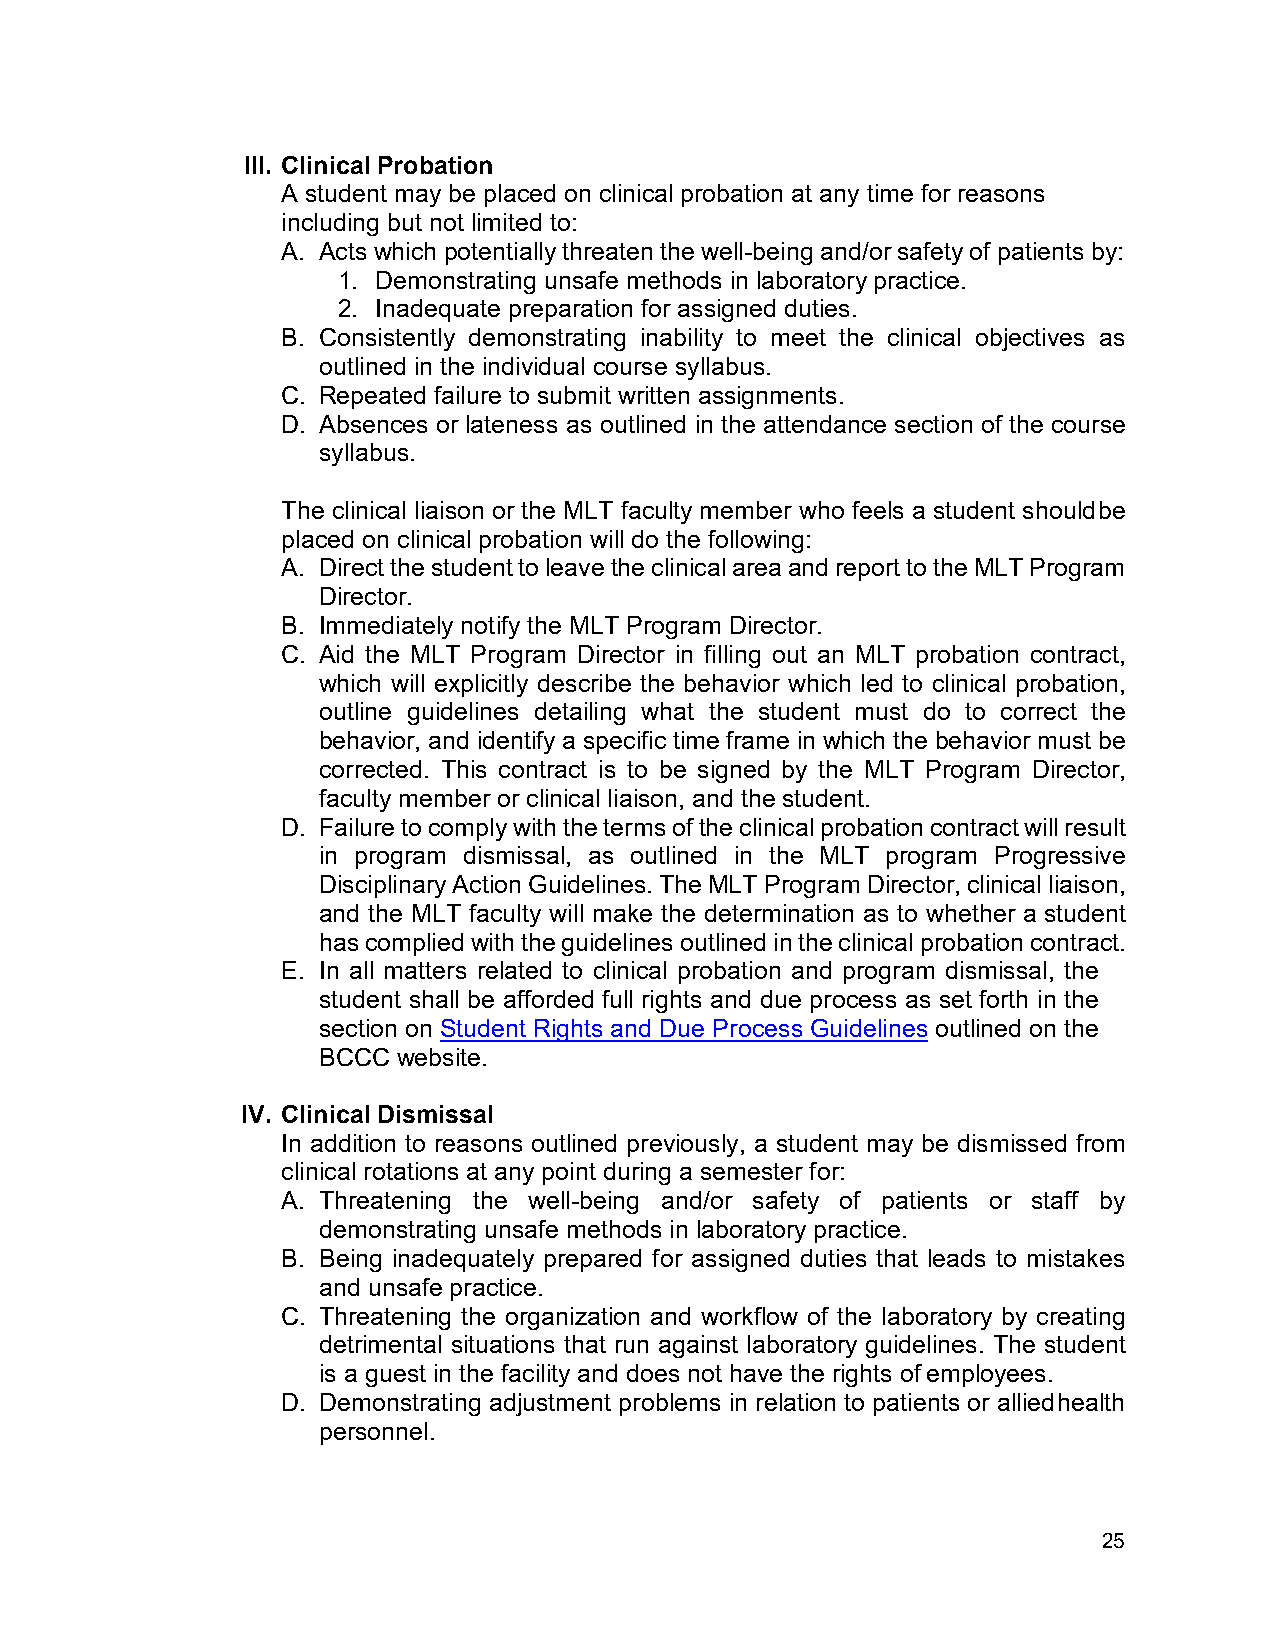
III. Clinical Probation
 A student may be placed on clinical probation at any time for reasons
 including but not limited to:
 A. Acts which potentially threaten the well-being and/or safety of patients by:
 1. Demonstrating unsafe methods in laboratory practice.
 2. Inadequate preparation for assigned duties.
 B. Consistently demonstrating inability to meet the clinical objectives as
 outlined in the individual course syllabus.
 C. Repeated failure to submit written assignments.
 D. Absences or lateness as outlined in the attendance section of the course
 syllabus.
 The clinical liaison or the MLT faculty member who feels a student should be
 placed on clinical probation will do the following:
 A. Direct the student to leave the clinical area and report to the MLT Program
 Director.
 B. Immediately notify the MLT Program Director.
 C. Aid the MLT Program Director in filling out an MLT probation contract,
 which will explicitly describe the behavior which led to clinical probation,
 outline guidelines detailing what the student must do to correct the
 behavior, and identify a specific time frame in which the behavior must be
 corrected. This contract is to be signed by the MLT Program Director,
 faculty member or clinical liaison, and the student.
 D. Failure to comply with the terms of the clinical probation contract will result
 in program dismissal, as outlined in the MLT program Progressive
 Disciplinary Action Guidelines. The MLT Program Director, clinical liaison,
 and the MLT faculty will make the determination as to whether a student
 has complied with the guidelines outlined in the clinical probation contract.
 E. In all matters related to clinical probation and program dismissal, the
 student shall be afforded full rights and due process as set forth in the
 section on Student Rights and Due Process Guidelines outlined on the
 BCCC website.
 IV. Clinical Dismissal
 In addition to reasons outlined previously, a student may be dismissed from
 clinical rotations at any point during a semester for:
 A. Threatening the well-being and/or safety of patients or staff by
 demonstrating unsafe methods in laboratory practice.
 B. Being inadequately prepared for assigned duties that leads to mistakes
 and unsafe practice.
 C. Threatening the organization and workflow of the laboratory by creating
 detrimental situations that run against laboratory guidelines. The student
 is a guest in the facility and does not have the rights of employees.
 D. Demonstrating adjustment problems in relation to patients or allied health
 personnel.
 25